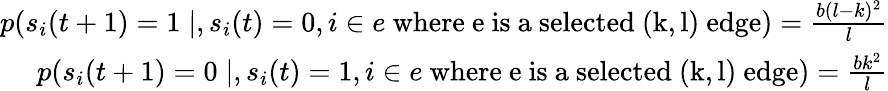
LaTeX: \begin{array}{r}{p(s_{i}(t+1)=1\mid,s_{i}(t)=0,i\in e\mathrm{~where~e~is~a~selected~(k,l)~edge})=\frac{b(l-k)^{2}}{l}}\\ {p(s_{i}(t+1)=0\mid,s_{i}(t)=1,i\in e\mathrm{~where~e~is~a~selected~(k,l)~edge})=\frac{bk^{2}}{l}}\end{array}